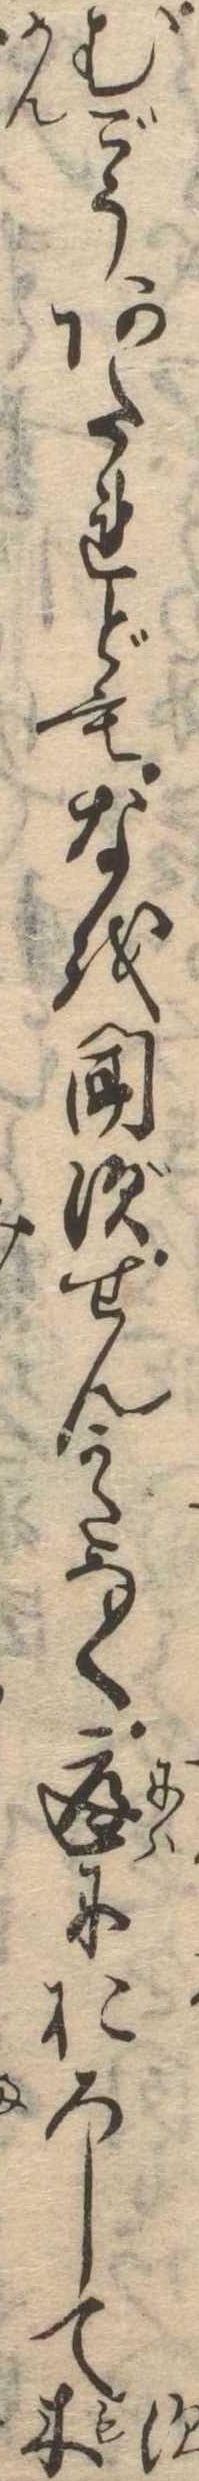
ずむごうあたれどもなを聞ずせんかたなく庭におろして木